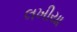
લખીયા